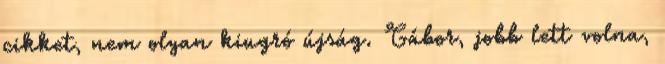
cikket, nem olyan kiugró újság. Gábor, jobb lett volna,